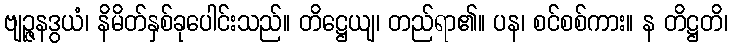
ဗျဉ္ဇနဒွယံ၊ နိမိတ်နှစ်ခုပေါင်းသည်။ တိဋ္ဌေယျ၊ တည်ရာ၏။ ပန၊ စင်စစ်ကား။ န တိဋ္ဌတိ၊